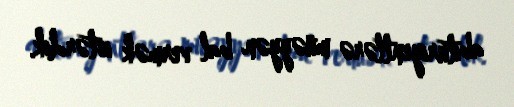
abituriyentlərə müəyyən bal vermək istərdik.